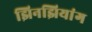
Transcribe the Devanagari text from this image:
झिनझियांग